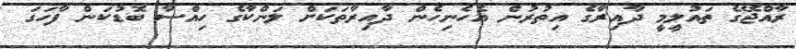
ރާއްޖޭގެ ތައުލީމީ ދާއިރާގެ އިތުރުން އެހެނިހެން ދާއިރާތަކަށް ލަންކާގެ ހިއްސާ ބޮޑުކަން ފާހަގަ